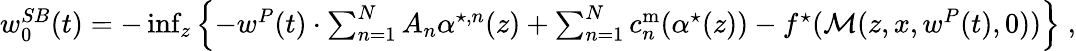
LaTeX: \begin{array}{r}{w_{0}^{SB}(t)=-\operatorname*{inf}_{{z}}\left\{ -w^{P}(t)\cdot\sum_{n=1}^{N}A_{n}{\alpha}^{\star,n}(z)+\sum_{n=1}^{N}c_{n}^{\mathrm{m}}({\alpha}^{\star}(z))-f^{\star}(\mathcal{M}(z,x,w^{P}(t),0))\right\} \; ,}\end{array}